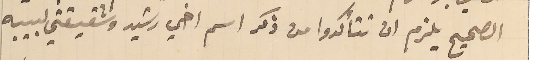
الصحيح يلزم ان تتأكدوا من ذكر اسم اخي رشيد وشقيقتي لبيبه